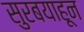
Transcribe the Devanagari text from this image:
सुरबयाहून